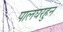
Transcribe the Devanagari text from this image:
पालघरहुन